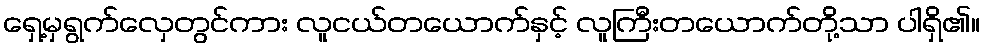
ရှေ့မှရွက်လှေတွင်ကား လူငယ်တယောက်နှင့် လူကြီးတယောက်တို့သာ ပါရှိ၏။